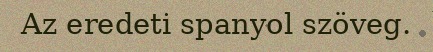
Az eredeti spanyol szöveg.